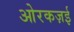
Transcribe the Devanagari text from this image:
ओरकज़ई